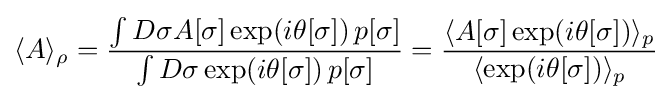
\langle A\rangle _{\rho }={\frac {\int D\sigma A[\sigma ]\exp(i\theta [\sigma ])\,p[\sigma ]}{\int D\sigma \exp(i\theta [\sigma ])\,p[\sigma ]}}={\frac {\langle A[\sigma ]\exp(i\theta [\sigma ])\rangle _{p}}{\langle \exp(i\theta [\sigma ])\rangle _{p}}}